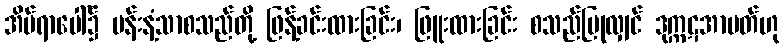
အိပ်ရာပေါ်၌ ပန်းနံ့သာစသည်တို့ ဖြန့်ခင်းထားခြင်း၊ ဖြူးထားခြင်း စသည်ပြုလျှင် ဒုက္ကဋအာပတ်ဟု